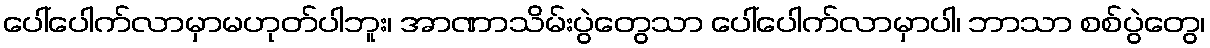
ပေါ်ပေါက်လာမှာမဟုတ်ပါဘူး၊ အာဏာသိမ်းပွဲတွေသာ ပေါ်ပေါက်လာမှာပါ၊ ဘာသာ စစ်ပွဲတွေ၊